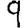
Digit: 9